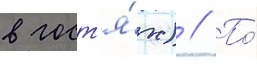
в гост'я́х) // По́